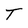
Character: T